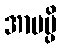
အာပမ္ပိ